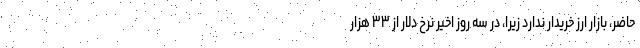
حاضر، بازار ارز خریدار ندارد زیرا، در سه روز اخیر نرخ دلار از ۳۳ هزار